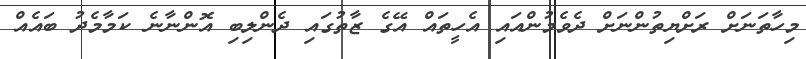
މިހާތަނަށް ރަށްޔިތުންނަށް ދެވެމުންއައި އެހީތައް އޭގެ ޒާތުގައި ދެންލިބި އޮންނާނެ ކަމާމެދު ބައެއް